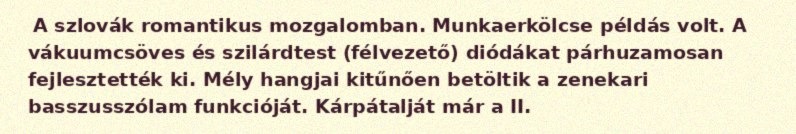
A szlovák romantikus mozgalomban. Munkaerkölcse példás volt. A vákuumcsöves és szilárdtest (félvezető) diódákat párhuzamosan fejlesztették ki. Mély hangjai kitűnően betöltik a zenekari basszusszólam funkcióját. Kárpátalját már a II.